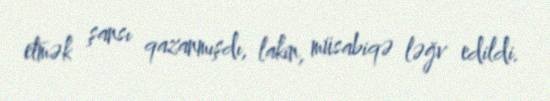
etmək şansı qazanmışdı, lakin, müsabiqə ləğv edildi.